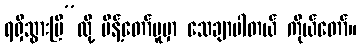
ရရှိသွားပြီ”လို့ မိန့်တော်မူမှာ သေချာပါတယ် ကိုယ်တော်။